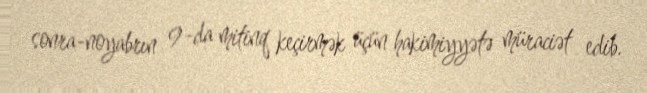
sonra-noyabrın 9-da mitinq keçirmək üçün hakimiyyətə müraciət edib.